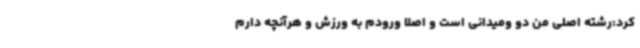
کرد:رشته اصلی من دو ومیدانی است و اصلا ورودم به ورزش و هرآنچه دارم